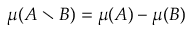
\mu ( A \setminus B ) = \mu ( A ) - \mu ( B )